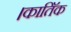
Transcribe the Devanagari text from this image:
।कातिॅक